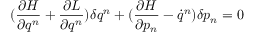
( \frac { \partial H } { \partial q ^ { n } } + \frac { \partial L } { \partial q ^ { n } } ) \delta q ^ { n } + ( \frac { \partial H } { \partial p _ { n } } - \dot { q } ^ { n } ) \delta p _ { n } = 0